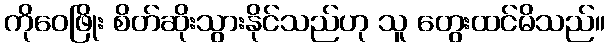
ကိုဝေဖြိုး စိတ်ဆိုးသွားနိုင်သည်ဟု သူ တွေးထင်မိသည်။